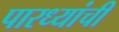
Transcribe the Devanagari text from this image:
पारध्यांची